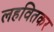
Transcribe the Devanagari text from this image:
लहवितकर